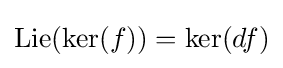
\operatorname {Lie} (\ker(f))=\ker(df)